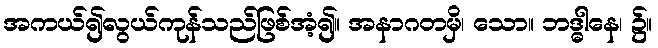
အကယ်၍လွယ်ကုန်သည်ဖြစ်အံ့၍။ အနာဂတမှိ၊ သော။ ဘဒ္ဓါနေ၊ ၌။